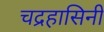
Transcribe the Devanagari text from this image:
चद्रहासिनी